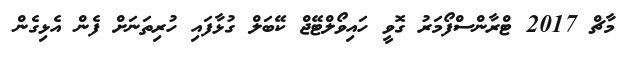
މާޗް 2017 ޓްރާންސްފޯމަރު ގޮވީ ހައިވޯލްޓޭޖް ކޭބަލް ގުޅާފައި ހުރިތަނަށް ފެން އެޅިގެން